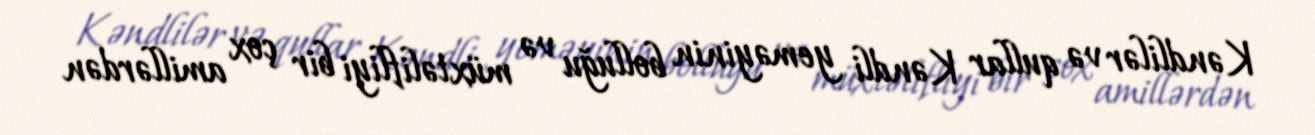
Kəndlilər və qullar Kəndli yeməyinin bolluğu və müxtəlifliyi bir çox amillərdən